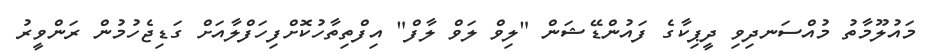
މައުލޫމާތު މުއްސަނދިވި ދީޕިކާގެ ފައުންޑޭޝަން "ލިވް ލަވް ލާފް" އިފްތިތާހުކޮށްފިހަފްލާއަށް ގަޑިޖެހުމުން ރަންވީރު